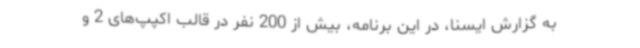
به گزارش ایسنا، در این برنامه، بیش از 200 نفر در قالب اکپپ‌های 2 و